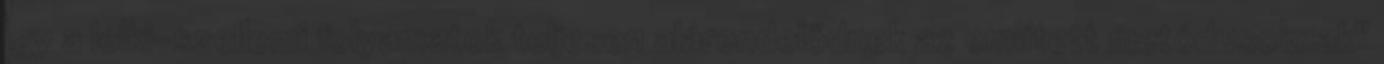
Így a lelki-szellemi folyamatok teljesen alárendelődnek az említett metódusoknak"